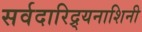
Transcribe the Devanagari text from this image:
सर्वदारिद्र्यनाशिनी